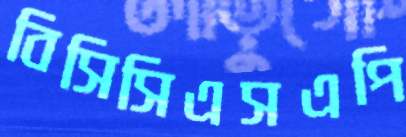
বিসিসিএসএপি